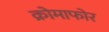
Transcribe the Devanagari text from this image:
क्रोमाफोर